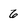
Character: 6